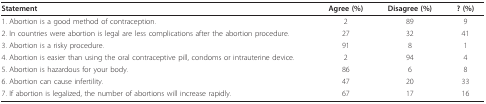
| Statement | Agree (%) | Disagree (%) | ? (%) |
 | --- | --- | --- | --- |
 | 1. Abortion is a good method of contraception. | 2 | 89 | 9 |
 | 2. In countries were abortion is legal are less complications after the abortion procedure. | 27 | 32 | 41 |
 | 3. Abortion is a risky procedure. | 91 | 8 | 1 |
 | 4. Abortion is easier than using the oral contraceptive pill, condoms or intrauterine device. | 2 | 94 | 4 |
 | 5. Abortion is hazardous for your body. | 86 | 6 | 8 |
 | 6. Abortion can cause infertility. | 47 | 20 | 33 |
 | 7. If abortion is legalized, the number of abortions will increase rapidly. | 67 | 17 | 16 |